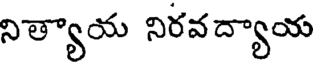
నిత్యాయ నిరవద్యాయ